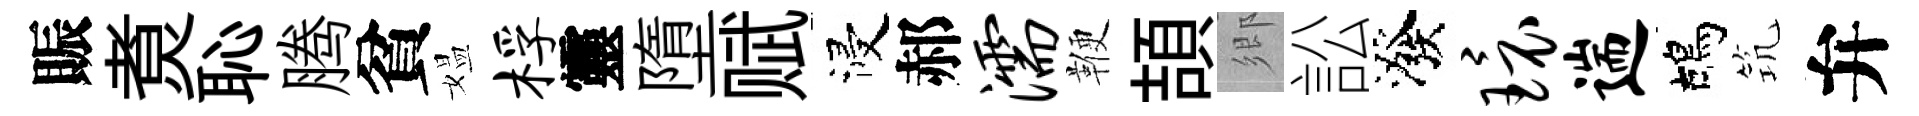
賑煑恥腾貧媪桴靈墮赋浸郝濡鞭頡鄉訟潑环遄鴣𥬑弁